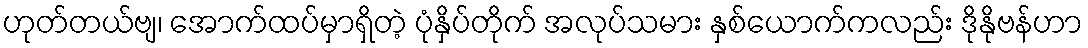
ဟုတ်တယ်ဗျ၊ အောက်ထပ်မှာရှိတဲ့ ပုံနှိပ်တိုက် အလုပ်သမား နှစ်ယောက်ကလည်း ဒိုနိုဗန်ဟာ